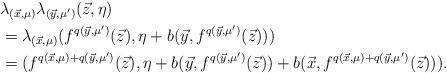
LaTeX: \begin{align*}\lefteqn{\lambda_{(\vec{x},\mu)}\lambda_{(\vec{y},\mu')}(\vec{z},\eta)} \\&=\lambda_{(\vec{x},\mu)}(f^{q(\vec{y},\mu')}(\vec{z}),\eta+b(\vec{y},f^{q(\vec{y},\mu')}(\vec{z}))) \\&=(f^{q(\vec{x},\mu)+q(\vec{y},\mu')}(\vec{z}),\eta+b(\vec{y},f^{q(\vec{y},\mu')}(\vec{z}))+b(\vec{x},f^{q(\vec{x},\mu)+q(\vec{y},\mu')}(\vec{z}))). \end{align*}